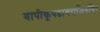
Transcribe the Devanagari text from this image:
वापीकूपडागराजिरुचिरं